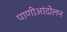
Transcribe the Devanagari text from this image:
पाणीआंदोलन